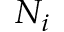
N _ { i }